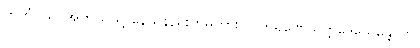
ကတံဝသိ၊ အဘယ်သို့ နေသနည်းဟူမူကား။ ပကရဏေသတ္တဒေသေန္တောတိ၊